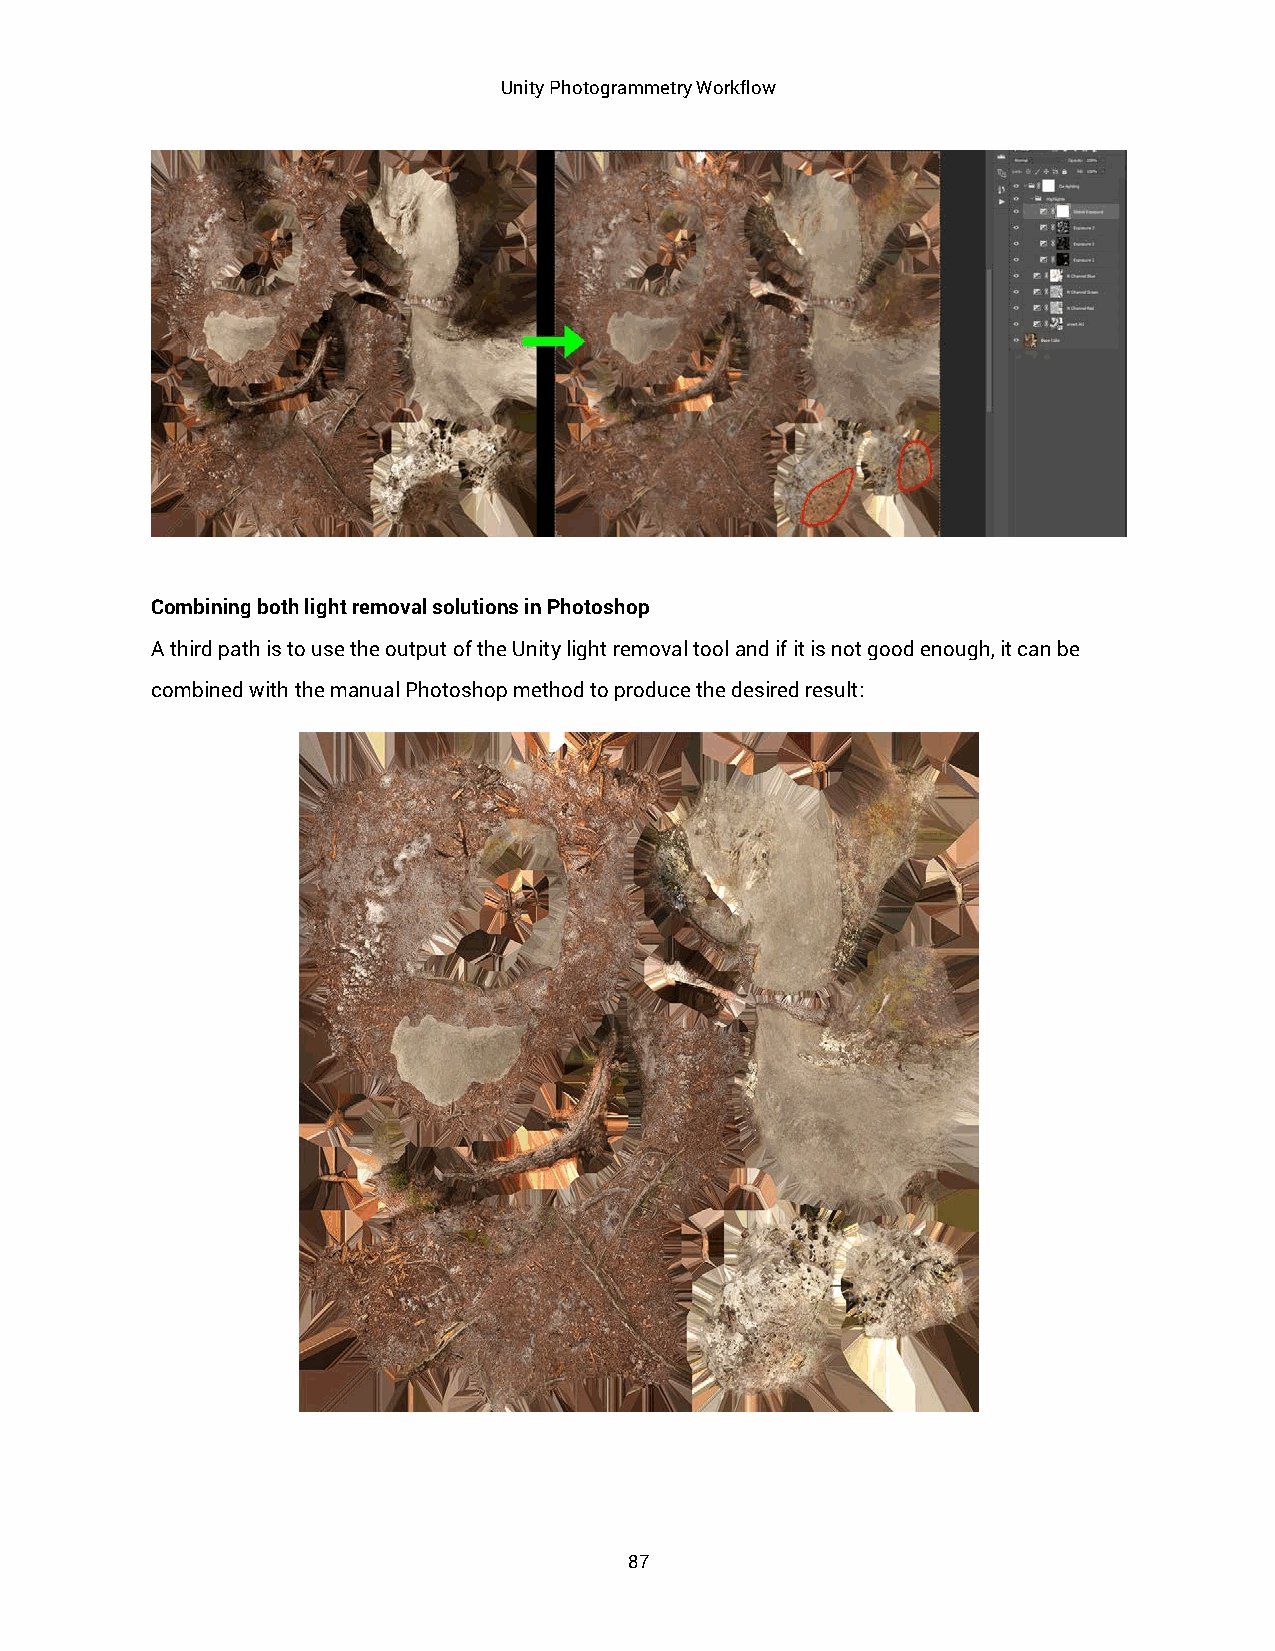
Unity Photogrammetry Workflow
 Combining both light removal solutions in Photoshop
 A third path is to use the output of the Unity light removal tool and if it is not good enough, it can be
 combined with the manual Photoshop method to produce the desired result:
 87